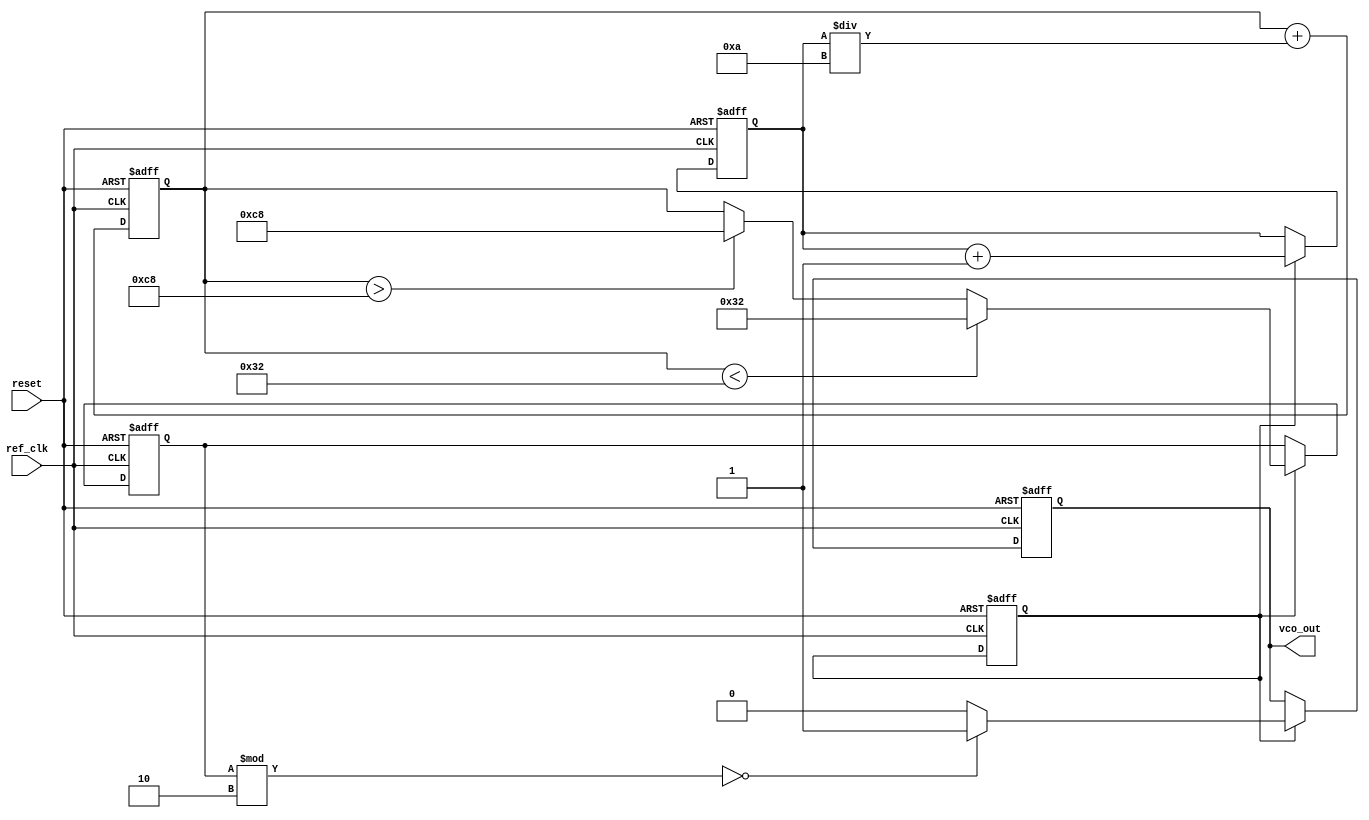
module PLL (
    input wire ref_clk,      // Reference clock input
    input wire reset,        // Asynchronous reset
    output reg vco_out       // VCO output
);

    // Parameters
    parameter VCO_MAX_FREQ = 200; // Max VCO frequency
    parameter VCO_MIN_FREQ = 50;  // Min VCO frequency
    parameter LOOP_FILTER_GAIN = 10; // Loop filter gain

    // Internal signals
    reg [31:0] vco_count;                  // VCO frequency divider
    reg [31:0] phase_error;                // Phase error signal
    reg [31:0] loop_filter_output;         // Output from Loop Filter
    reg vco_enable;                        // VCO enable signal

    // Phase Detector (PD)
    always @(posedge ref_clk or posedge reset) begin
        if (reset) begin
            phase_error <= 0;
        end else if (vco_enable) begin
            // Simple phase error detection (placeholder)
            // Here, we assume perfect locking for illustrative purposes
            phase_error <= phase_error + 1; // Increment on each clock cycle
        end
    end

    // Loop Filter (LF)
    always @(posedge ref_clk or posedge reset) begin
        if (reset) begin
            loop_filter_output <= 0;
        end else begin
            // Simple Loop Filter (1st order low-pass filter)
            loop_filter_output <= loop_filter_output + (phase_error / LOOP_FILTER_GAIN);
        end
    end

    // Voltage-Controlled Oscillator (VCO)
    always @(posedge ref_clk or posedge reset) begin
        if (reset) begin
            vco_count <= 0;
            vco_out <= 0;
            vco_enable <= 1; // Enable VCO
        end else if (vco_enable) begin
            // Adjust VCO frequency based on loop filter output
            if (loop_filter_output < VCO_MIN_FREQ) begin
                vco_count <= VCO_MIN_FREQ; // Set to min freq
            end else if (loop_filter_output > VCO_MAX_FREQ) begin
                vco_count <= VCO_MAX_FREQ; // Set to max freq
            end else begin
                vco_count <= loop_filter_output; // Use loop filter output
            end
            
            // VCO output toggle logic (simplified)
            vco_out <= (vco_count % 2 == 0) ? 1'b1 : 1'b0; // This is a placeholder for actual VCO waveform generation
        end
    end

endmodule